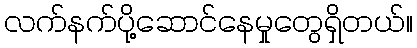
လက်နက်ပို့ဆောင်နေမှုတွေရှိတယ်။